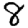
Digit: 8